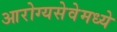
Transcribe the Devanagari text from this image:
आरोग्यसेवेमध्ये